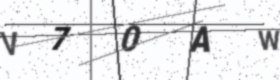
Text: V70AW